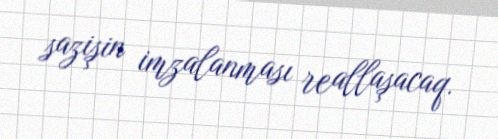
sazişin imzalanması reallaşacaq.